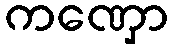
ကဏှော